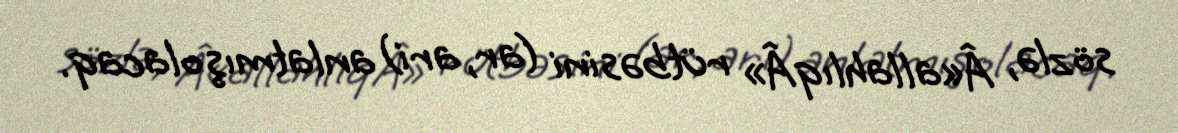
sözlə, Â«allahlıqÂ» rütbəsini (ar, ari) anlatmış olacaq.